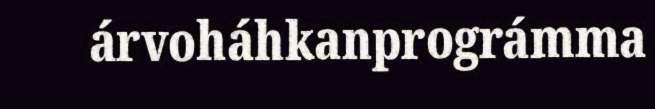
árvoháhkanprográmma